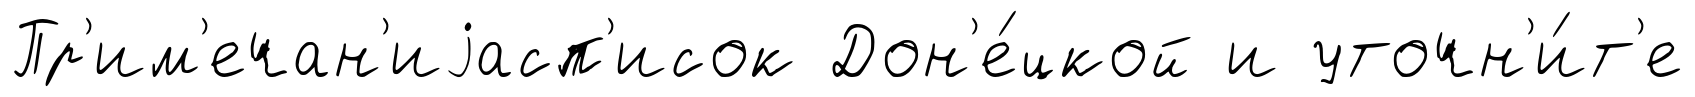
Пр'им'ечан'иjасп'исок Дон'е́цкой и уточн'и́т'е